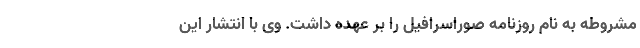
مشروطه به نام روزنامه صوراسرافیل را بر عهده داشت. وی با انتشار این